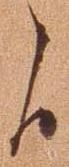
候